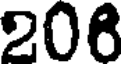
208